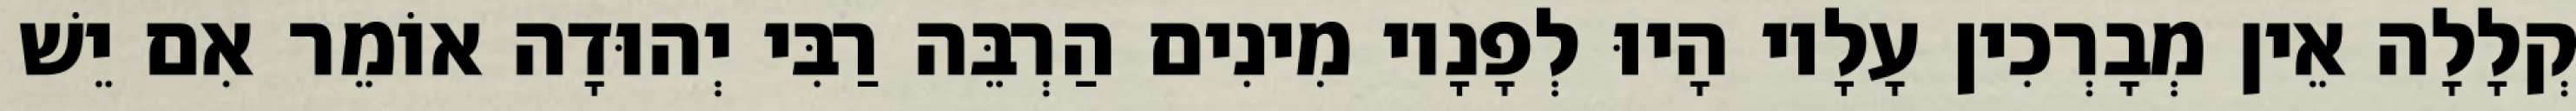
קְלָלָה אֵין מְבָרְכִין עָלָיו הָיוּ לְפָנָיו מִינִים הַרְבֵּה רַבִּי יְהוּדָה אוֹמֵר אִם יֵשׁ